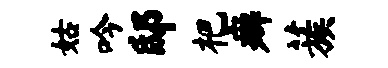
姑吟邸杷癖蔟